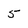
Character: 5